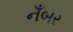
નઁબર